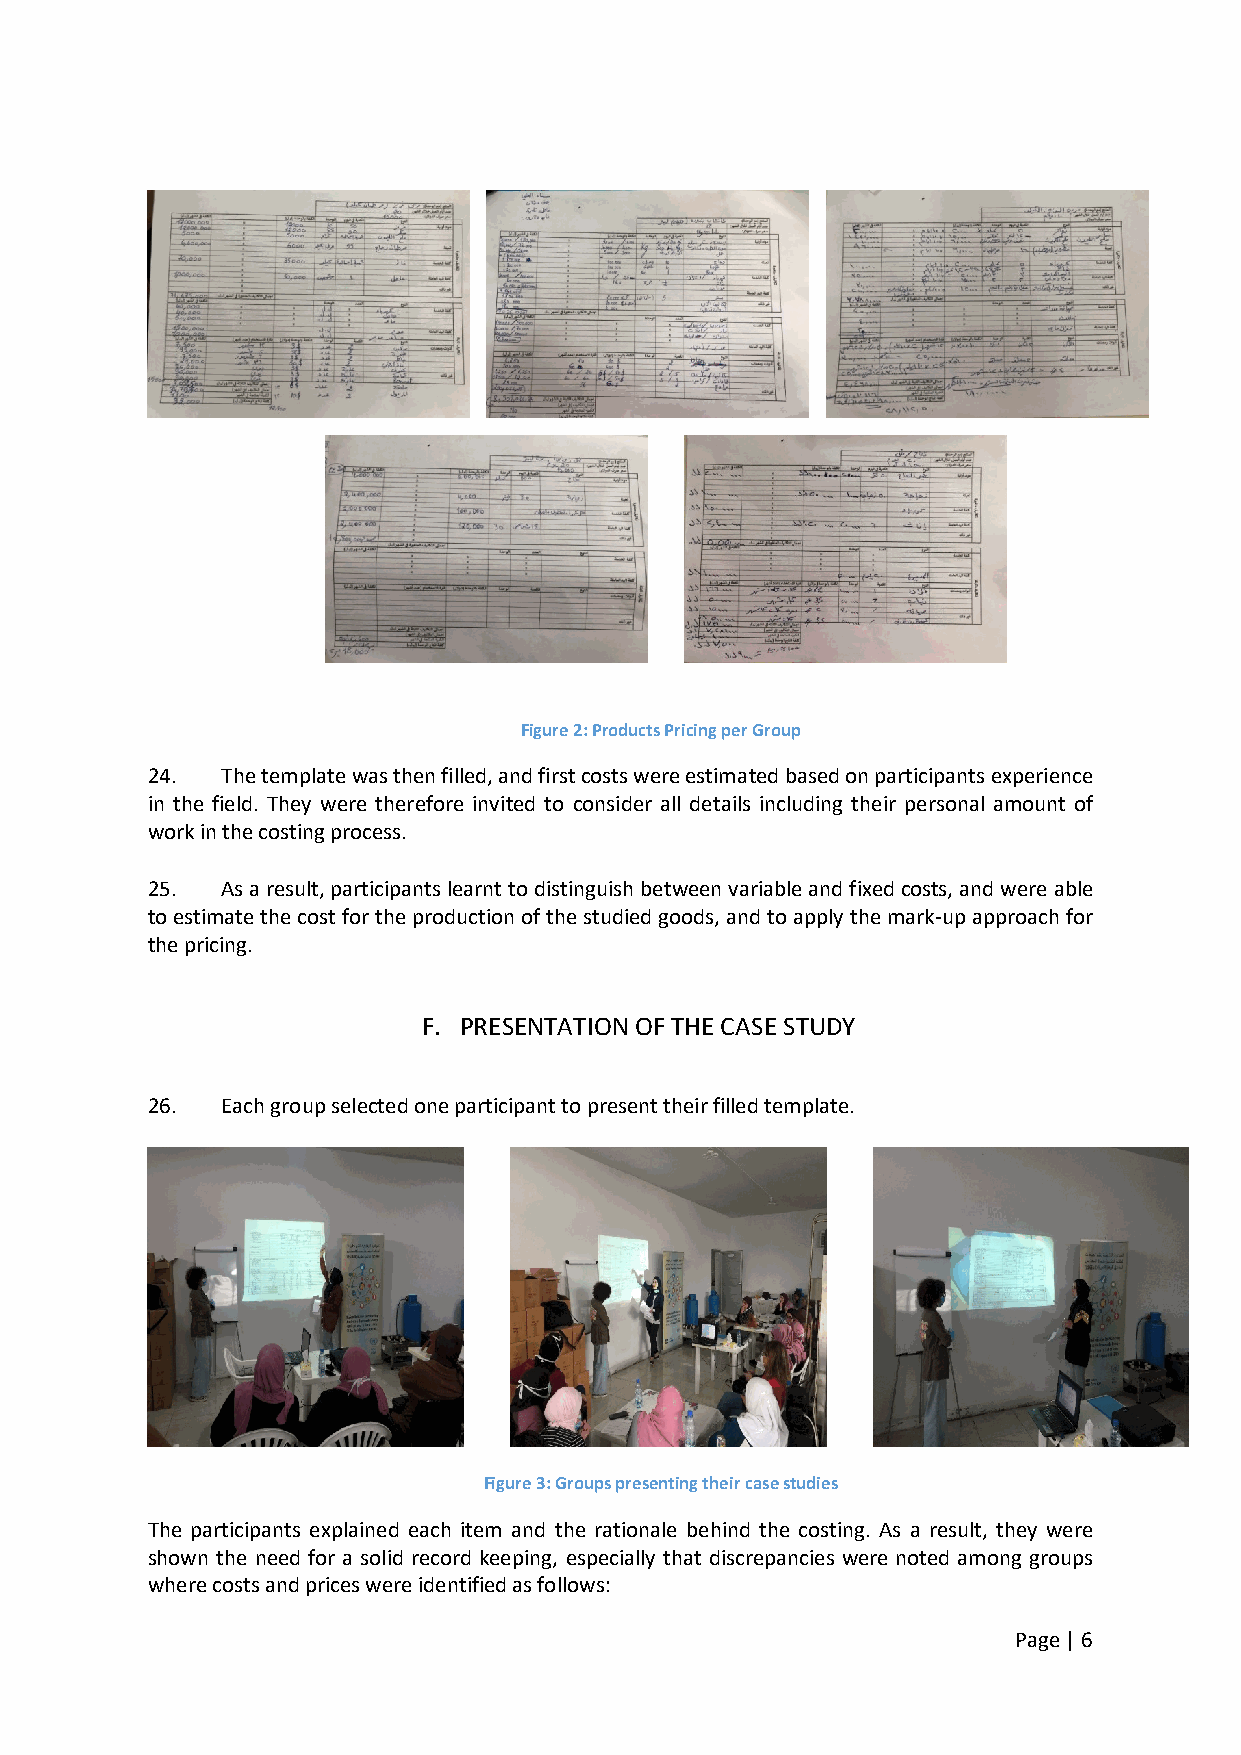
Figure 2: Products Pricing per Group
 24.  The template was then filled, and first costs were estimated based on participants experience
 in the field. They were therefore invited to consider all details including their personal amount of
 work in the costing process.
 25.  As a result, participants learnt to distinguish between variable and fixed costs, and were able
 to estimate the cost for the production of the studied goods, and to apply the mark-up approach for
 the pricing.
 F. PRESENTATION OF THE CASE STUDY
 26.  Each group selected one participant to present their filled template.
 Figure 3: Groups presenting their case studies
 The participants explained each item and the rationale behind the costing. As a result, they were
 shown the need for a solid record keeping, especially that discrepancies were noted among groups
 where costs and prices were identified as follows:
 Page | 6